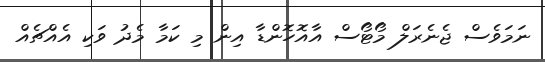
ނަމަވެސް ޖެނެރަލް މޯޓޯސް އާއޮހޮންޑާ އިން މި ކަމާ މެދު ވަކި އެއްޗެއް